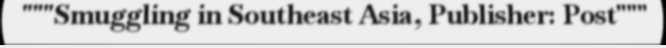
"""Smuggling in Southeast Asia, Publisher: Post"""